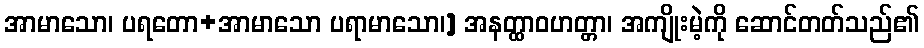
အာမာသော၊ ပရတော+အာမာသော ပရာမာသော၊] အနတ္ထာဝဟတ္တာ၊ အကျိုးမဲ့ကို ဆောင်တတ်သည်၏